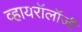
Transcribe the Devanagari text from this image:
व्हायरॉलॉजी